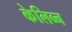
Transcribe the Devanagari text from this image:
केलिव्न